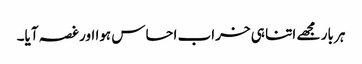
ہر بار مجھے اتنا ہی خراب احساس ہوا اور غصہ آیا۔